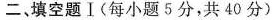
二、填空题Ⅰ(每小题5分，共40分)